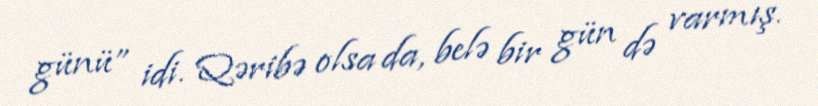
günü” idi. Qəribə olsa da, belə bir gün də varmış.